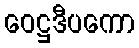
ဝေဋ္ဌဒီပကော